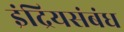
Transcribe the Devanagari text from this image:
इंद्रियसंबंध